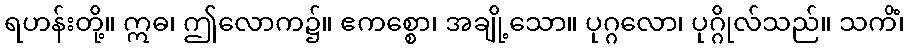
ရဟန်းတို့။ ဣဓ၊ ဤလောက၌။ ဧကစ္စော၊ အချို့သော။ ပုဂ္ဂလော၊ ပုဂ္ဂိုလ်သည်။ သကိံ၊